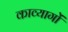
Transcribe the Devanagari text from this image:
काव्यागों